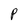
Character: P